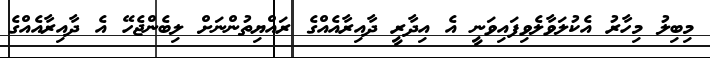
މިބިލު މިހާރު އެކުލަވާލެވިފައިވަނީ އެ އިދާރީ ދާއިރާއެއްގެ ރައްޔިތުންނަށް ލިބެންޖެހޭ އެ ދާއިރާއެއްގެ